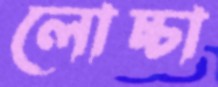
লোচ্চা